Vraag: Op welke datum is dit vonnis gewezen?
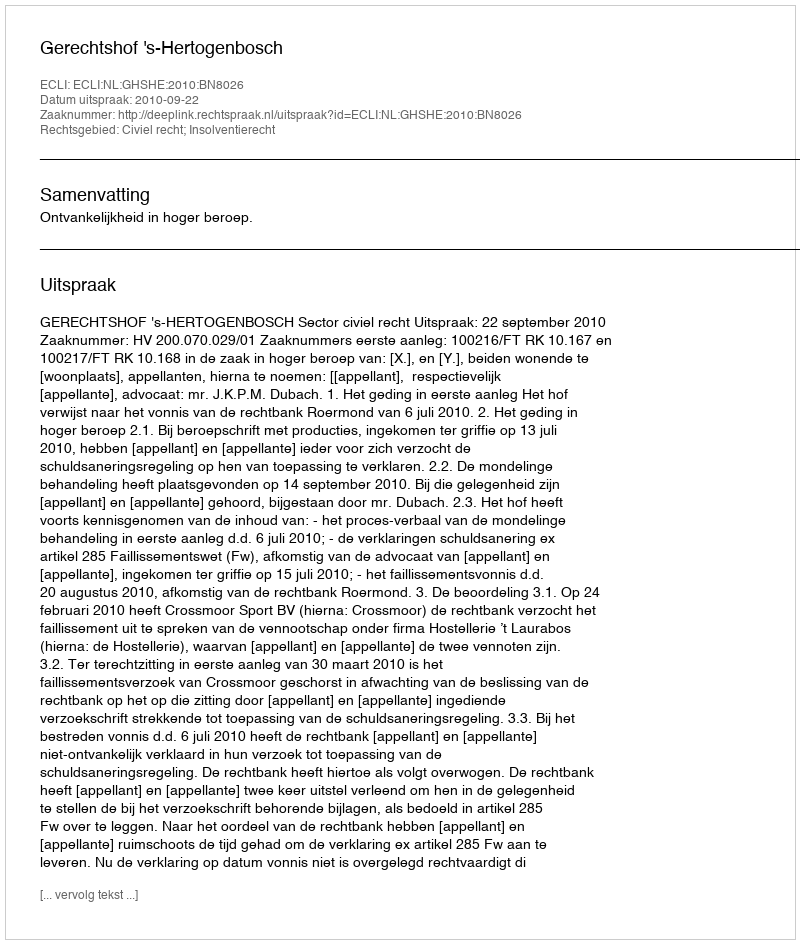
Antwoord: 2010-09-22